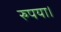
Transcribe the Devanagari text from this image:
रुपया।